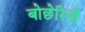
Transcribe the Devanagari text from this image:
बोछेरिनी